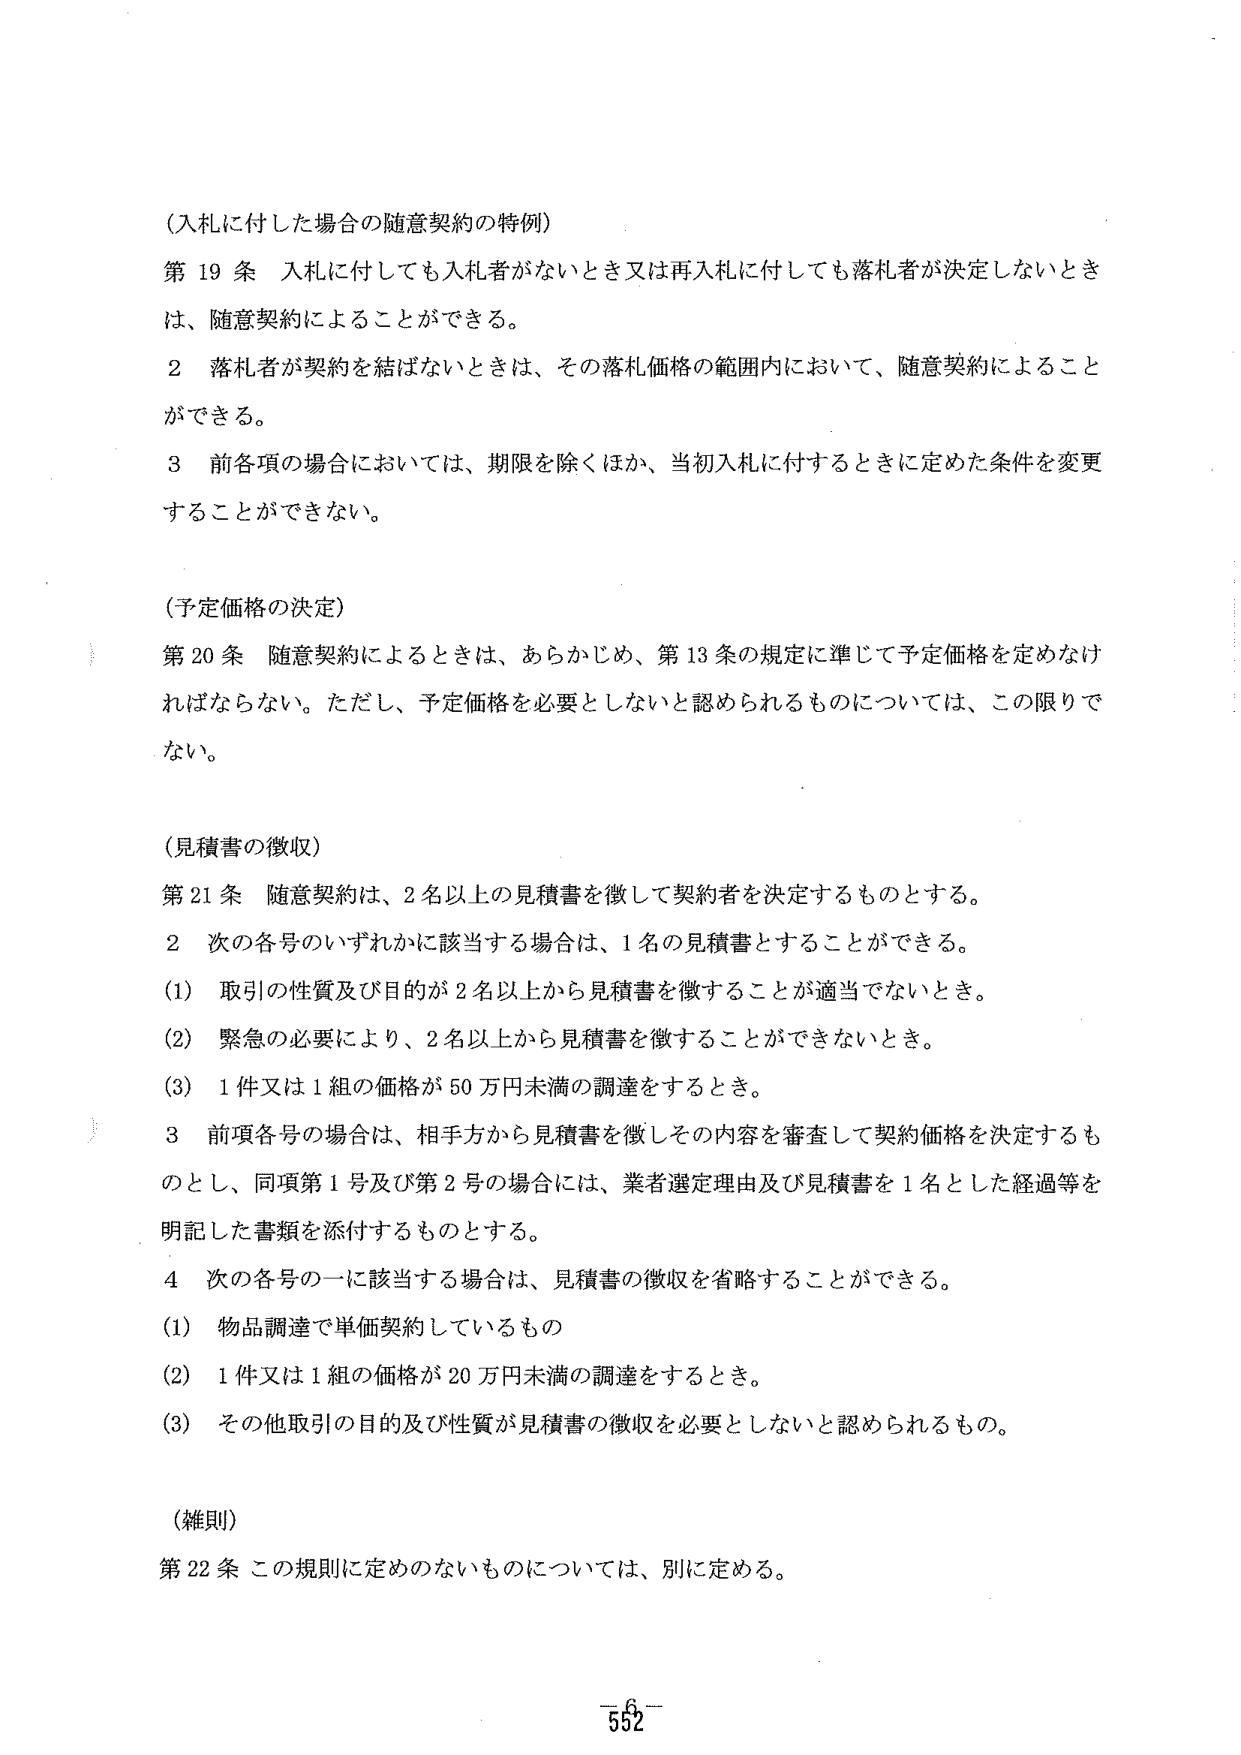
（入札に付した場合の随意契約の特例）
第19条 入札に付しても入札者がないとき又は再入札に付しても落札者が決定しないときは、随意契約によることができる。
2 落札者が契約を結ばないときは、その落札価格の範囲内において、随意契約によることができる。
3 前各項の場合においては、期限を除くほか、当初入札に付するときに定めた条件を変更することができない。

（予定価格の決定）
第20条 随意契約によるときは、あらかじめ、第13条の規定に準じて予定価格を定めなければならない。ただし、予定価格を必要としないと認められるものについては、この限りでない。

（見積書の徴収）
第21条 随意契約は、2名以上の見積書を徴して契約者を決定するものとする。
2 次の各号のいずれかに該当する場合は、1名の見積書とすることができる。
(1) 取引の性質及び目的が2名以上から見積書を徴することが適当でないとき。
(2) 緊急の必要により、2名以上から見積書を徴することができないとき。
(3) 1件又は1組の価格が50万円未満の調達をするとき。
3 前項各号の場合は、相手方から見積書を徴しその内容を審査して契約価格を決定するものとし、同項第1号及び第2号の場合には、業者選定理由及び見積書を1名とした経過等を明記した書類を添付するものとする。
4 次の各号の一に該当する場合は、見積書の徴収を省略することができる。
(1) 物品調達で単価契約しているもの
(2) 1件又は1組の価格が20万円未満の調達をするとき。
(3) その他取引の目的及び性質が見積書の徴収を必要としないと認められるもの。

（雑則）
第22条 この規則に定めのないものについては、別に定める。

－552－